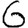
Digit: 6